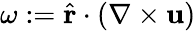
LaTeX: \omega:=\hat{\mathbf{r}}\cdot(\nabla\times\mathbf{u})